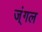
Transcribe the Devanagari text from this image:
ज्ंगल